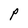
Character: P